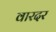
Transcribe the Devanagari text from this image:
वारदर